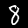
Digit: 8